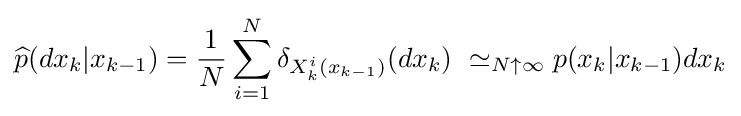
{\widehat {p}}(dx_{k}|x_{k-1})={\frac {1}{N}}\sum _{i=1}^{N}\delta _{X_{k}^{i}(x_{k-1})}(dx_{k})~\simeq _{N\uparrow \infty }p(x_{k}|x_{k-1})dx_{k}